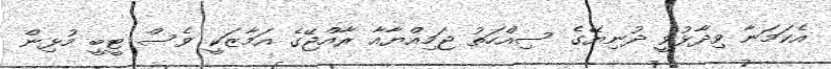
އެކަމަނާ ވިދާޅުވީ ދުނިޔޭގެ ސިއްހަތު ޖަމިއްޔާއާ ރާއްޖޭގެ އަމާޒަކީ ވެސް ޓީބީ މުޅިން